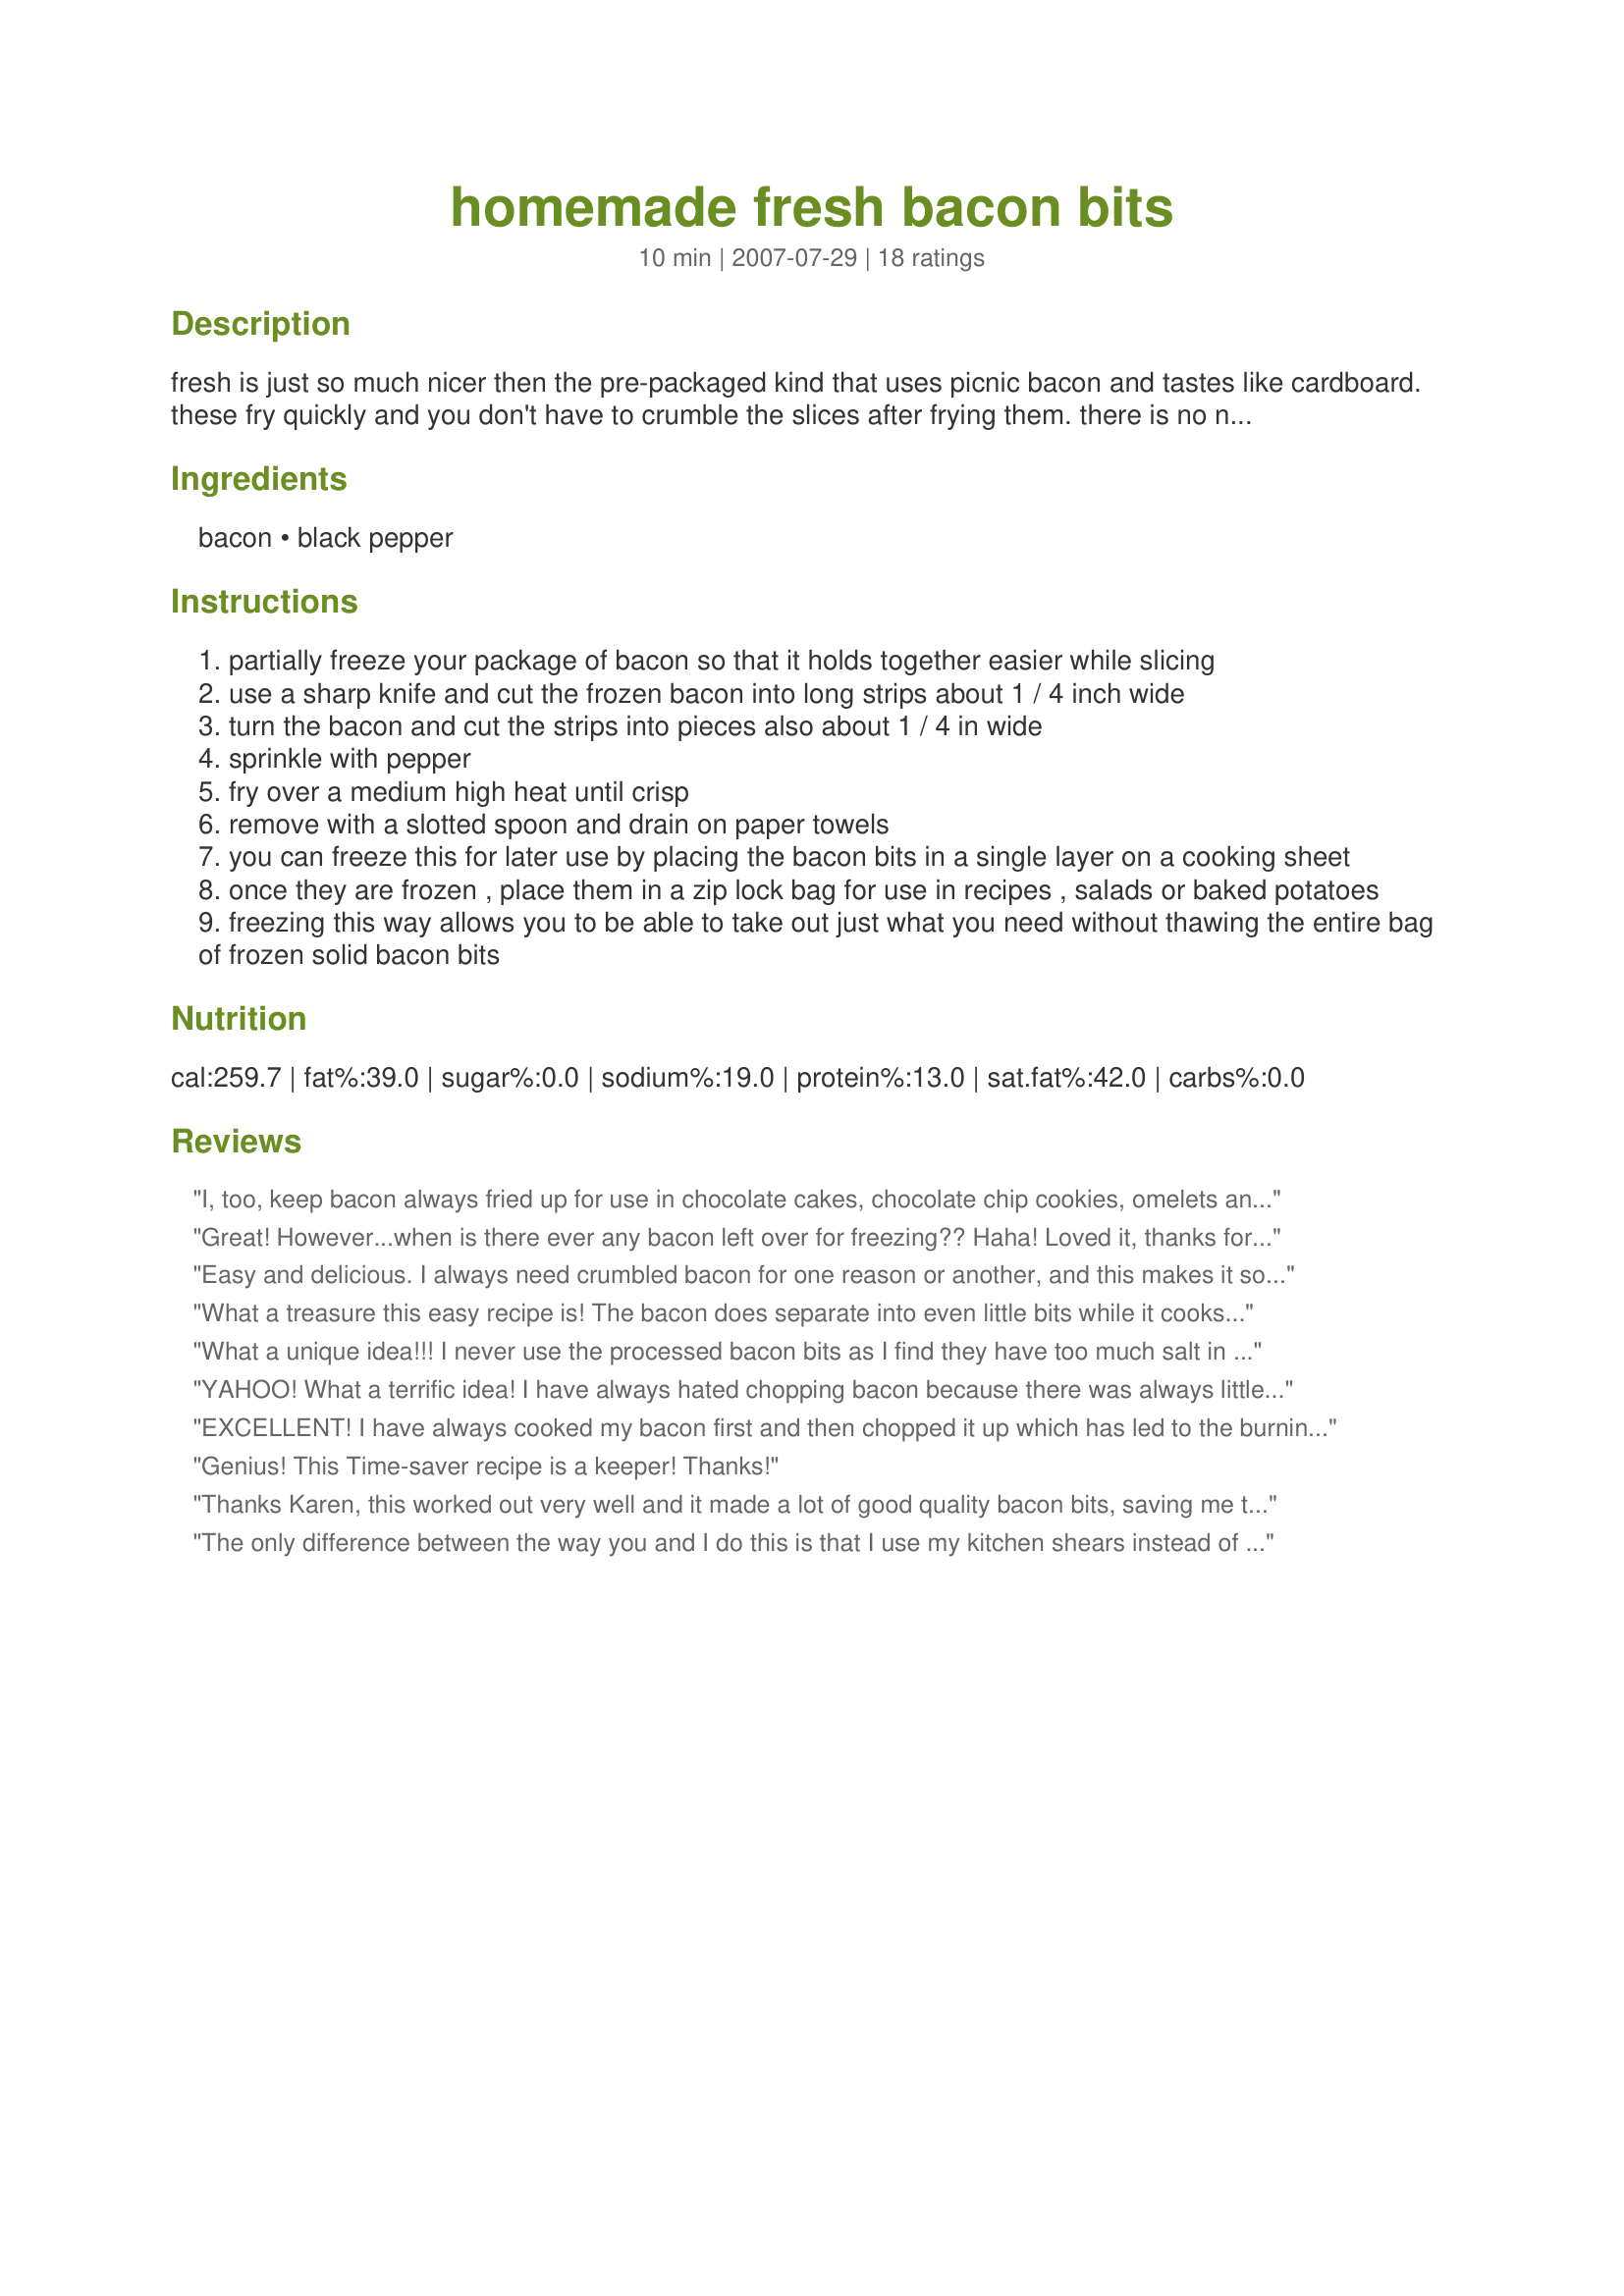
homemade fresh bacon bits
Preparation time: 10 minutes

fresh is just so much nicer then the pre-packaged kind that uses picnic bacon and tastes like cardboard. these fry quickly and you don't have to crumble the slices after frying them. there is no need to separate the pieces. they will separate during cooking. use these in any recipe calling for crumbled bacon or bacon bits. perfect for salads and baked potato toppings or twice baked potatoes.

Ingredients:
bacon, black pepper

Steps:
partially freeze your package of bacon so that it holds together easier while slicing
use a sharp knife and cut the frozen bacon into long strips about 1 / 4 inch wide
turn the bacon and cut the strips into pieces also about 1 / 4 in wide
sprinkle with pepper
fry over a medium high heat until crisp
remove with a slotted spoon and drain on paper towels
you can freeze this for later use by placing the bacon bits in a single layer on a cooking sheet
once they are frozen , place them in a zip lock bag for use in recipes , salads or baked potatoes
freezing this way allows you to be able to take out just what you need without thawing the entire bag of frozen solid bacon bits

Reviews:
I, too, keep bacon always fried up for use in chocolate cakes, chocolate chip cookies, omelets and just plain ol&#039; scrambled eggs, however, so that the bacon doesn&#039;t shrink so much I do it a bit different. I cut the bacon in 1/4&quot; strips while still partially frozen, then place each strip on its side in a skillet set on low medium and cover tightly. After 15 minutes, I separate the pieces and continue to cook with the lid on another 15-20 minutes. Then I take the lid off and keeping the same temperature, let it cook about 30 more minutes. By &quot;sweating&quot; the bacon, the juices will keep the bacon plumped up and the same size. When crisp I drain it and keep the drippings for other uses. I store it in a tightly covered dish in the refrigerator. My rescued Pugs get a few bits on their Sunday morning meal. Oops! I&#039;m spoiling them!
Great! However...when is there ever any bacon left over for freezing?? Haha! Loved it, thanks for the tip.
Easy and delicious. I always need crumbled bacon for one reason or another, and this makes it so easy to have it anytime. No more cooking the bacon as I need it, now I can make a large batch and freeze it (if I have any left)!
What a treasure this easy recipe is! The bacon does separate into even little bits while it cooks, and the bacon bits taste SO much better than the packaged kind. In response to a question I posed to Karen, I have frozen the excess on a sheet pan till solid, then placed in a Ziploc bag to use as needed...very handy for many applications.
What a unique idea!!! I never use the processed bacon bits as I find they have too much salt in them. I had a lb of bacon sitting in the fridge that I needed to do something with. I cooked them up then put them on a cookie tray and put my timer on for 20 minutes until they were partially frozen, then bagged them! They won't stay there long as I plan on using part of them for Dave's Killer Baked Beans (56969) tomorrow!! Kudos on a great idea!!!
YAHOO! What a terrific idea! I have always hated chopping bacon because there was always little pieces flying off my cutting board onto the floor, counter etc. I didn't like crumbling it with my hands because it sometimes made bacon dust which doesn't look so good. Also, the burned fingers mentioned by Wendy-Bob was always an issue. I was so proud of my bacon bits! Thanks for posting such a great solution!!!
EXCELLENT! I have always cooked my bacon first and then chopped it up which has led to the burning of my fingers and bacon bits which are too large. This is a fantastic recipe and so quick and easy and effective. Thanks Karen!
Genius! This Time-saver recipe is a keeper! Thanks!
Thanks Karen, this worked out very well and it made a lot of good quality bacon bits, saving me time in the evenings (when I don't really have any nor the extra energy while getting dinner on the table). I froze them as you suggested and can easily pour out just what we need, which helps to stretch that pound of bacon even further. My family loves them and it really perks up baked potatoes, pasta salads, soups or even sprinkled over our green salads. Thanks for the idea!
The only difference between the way you and I do this is that I use my kitchen shears instead of slicing with a knife. Works perfect....good idea to post!
Thank you so much! Brilliant!
Perfect timesaver. Being from the south, we add bacon to tons of things! Such a great idea.
Awesome tip, you have made my life easier.
I would suggest covering your bacon bits with a layer of saran wrap while freezing to prevent the little amount of freezer burn (dehydration) that will come from it.
Other than that, fantastic idea.
Sometimes the simple things truly are the best. I have always had trouble cooking bacon, so when a recipe calls for cooked & crumbled, I cut it and cook it as in this technique. Thank you for the hint on freezing the bacon first. It made all the difference!
I am not a bacon lover. I don't mind it as bacon bits added sparingly to other dishes. I do like bacon fat to fry potatoes in. I bought bacon bits in a bag once because my family loves bacon. I wasn't impressed plus I didn't get any fat. I needed bacon crumbled for another recipe and remembered seeing this. I didn't remember to partially freeze it so it didn't cut all together willingly but this was so great when it was all done! My family is going to be so happy to have bacon in their eggs. And I can't wait to have hash browns made with the fat! They and I thank you from the bottom of our hearts.
I am so glad I happened upon this; it will save me so much time and clean-up in the future. Thank you, Karen, for a great recipe!!! Made for the Think Pink Tag Game In Honor of Breast Cancer Awareness, October 2008.
Simple, smart and tasty!
